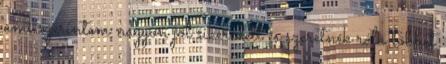
ami szerintem nagyon jól sikeredett és szeretnék róla többet